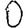
Digit: 0